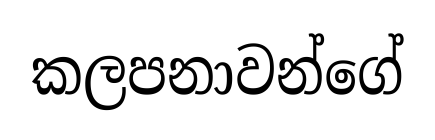
කලපනාවන්ගේ